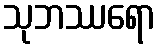
သုဘဿရော